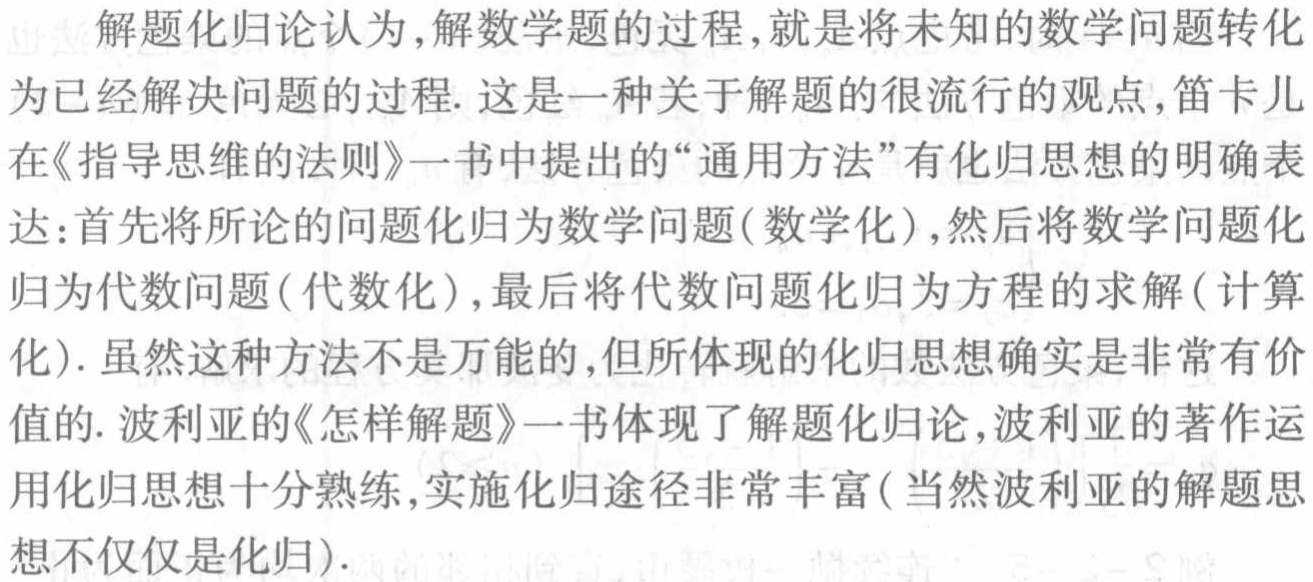
解题化归论认为,解数学题的过程,就是将未知的数学问题转化为已经解决问题的过程. 这是一种关于解题的很流行的观点,笛卡儿在《指导思维的法则》一书中提出的“通用方法”有化归思想的明确表达:首先将所论的问题化归为数学问题(数学化),然后将数学问题化归为代数问题(代数化),最后将代数问题化归为方程的求解(计算化). 虽然这种方法不是万能的,但所体现的化归思想确实是非常有价值的. 波利亚的《怎样解题》一书体现了解题化归论,波利亚的著作运用化归思想十分熟练,实施化归途径非常丰富(当然波利亚的解题思想不仅仅是化归).